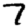
Digit: 7